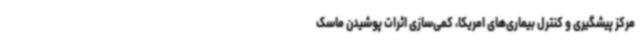
مرکز پیشگیری و کنترل بیماری‌های امریکا، کمی‌سازی اثرات پوشیدن ماسک